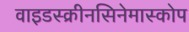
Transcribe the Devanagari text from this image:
वाइडस्क्रीनसिनेमास्कोप